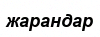
жарандар